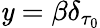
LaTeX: \mathit{y}={\beta}\delta_{\tau_{0}}